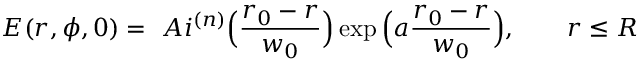
E ( r , \phi , 0 ) = \ A i ^ { ( n ) } \Big ( \frac { r _ { 0 } - r } { w _ { 0 } } \Big ) \exp \Big ( a \frac { r _ { 0 } - r } { w _ { 0 } } \Big ) , ~ ~ ~ ~ ~ ~ r \leq R